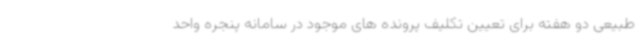
طبیعی دو هفته برای تعیین تکلیف پرونده های موجود در سامانه پنجره واحد